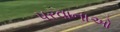
પરવાનાઓ